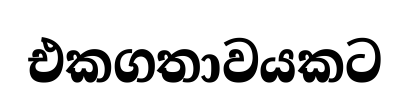
එකගතාවයකට